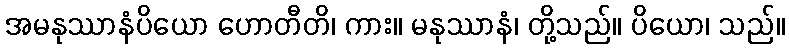
အမနုဿာနံပိယော ဟောတီတိ၊ ကား။ မနုဿာနံ၊ တို့သည်။ ပိယော၊ သည်။